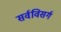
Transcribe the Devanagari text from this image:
सर्वविसर्ग